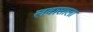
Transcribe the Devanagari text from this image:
लवासाला